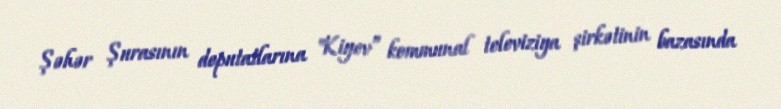
Şəhər Şurasının deputatlarına "Kiyev” kommunal televiziya şirkətinin bazasında